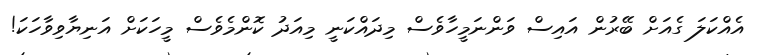
އެއްކަލަ ގެއަށް ބޭރުން އައިސް ވަންނަމީހާވެސް މިދައްކަނީ މިއަދު ކޮންމެވެސް މީހަކަށް އަނިޔާވިވާހަކަ!